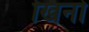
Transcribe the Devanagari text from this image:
खिनो